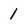
Character: 1